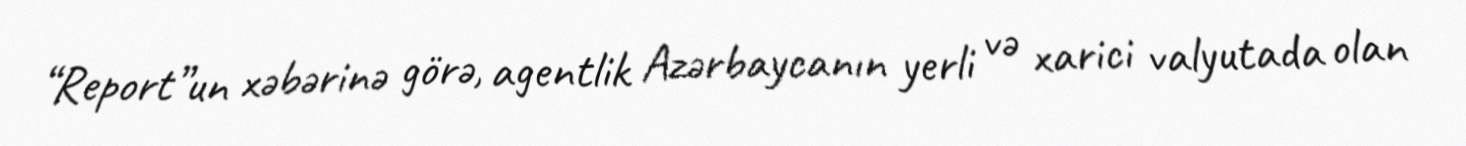
“Report”un xəbərinə görə, agentlik Azərbaycanın yerli və xarici valyutada olan